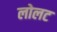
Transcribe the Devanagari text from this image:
लोलट